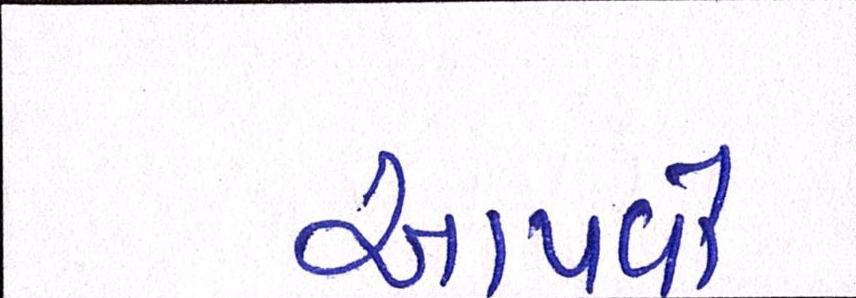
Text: આપવો